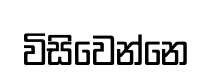
විසිවෙන්නෙ